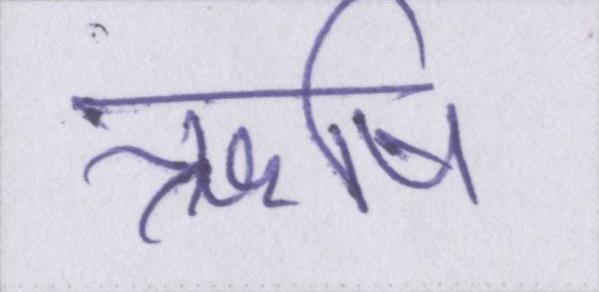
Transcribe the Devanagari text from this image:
ॠषि